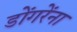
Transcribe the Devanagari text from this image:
डोंगरेंना